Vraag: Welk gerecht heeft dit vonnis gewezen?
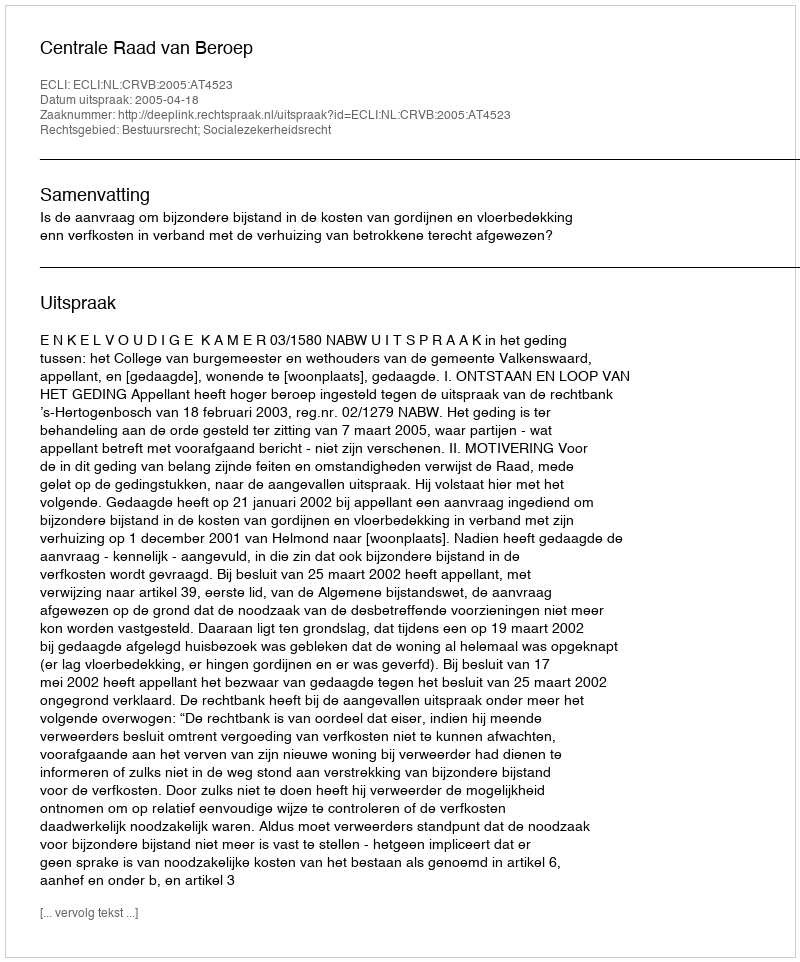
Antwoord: Centrale Raad van Beroep